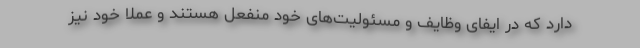
دارد که در ایفای وظایف و مسئولیت‌های خود منفعل هستند و عملا خود نیز